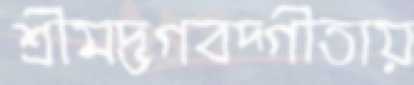
শ্রীমদ্ভগবদ্গীতায়